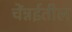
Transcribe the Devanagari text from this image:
चेंन्नईतील